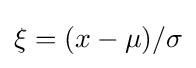
\xi =(x-\mu )/\sigma